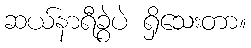
ဆယ်နာရီခွဲပဲ ရှိသေးတာ။